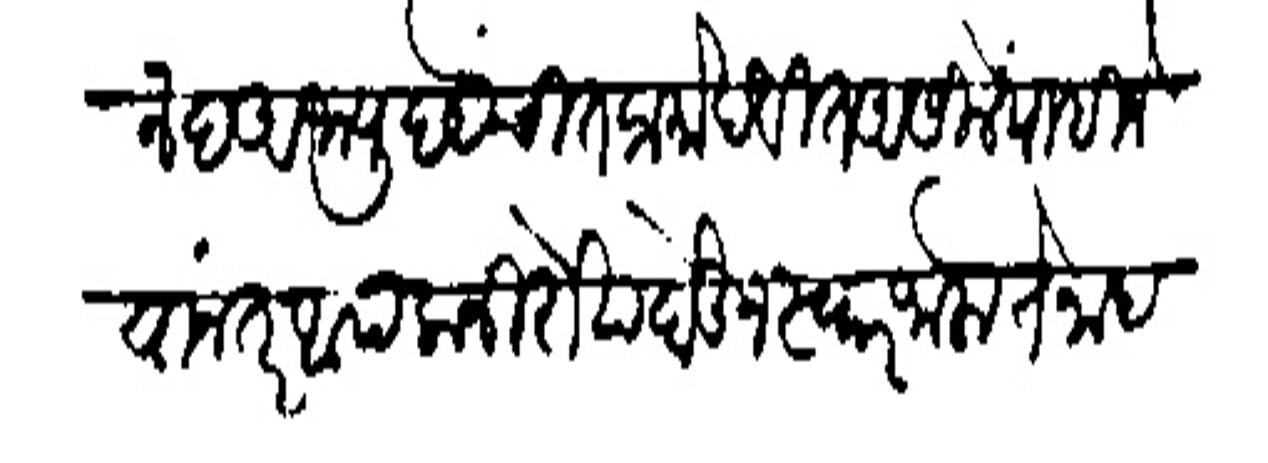
Transliteration (Devanagari): स्वानंद अभ्युदयेंचित प्रमोदवित असिलें पाहिजे यानंतर आपला निरोष पेऊन स्वार जालो से नदणीस